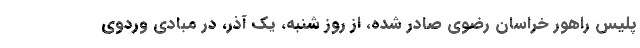
پلیس راهور خراسان رضوی صادر شده، از روز شنبه، یک آذر، در مبادی وردوی